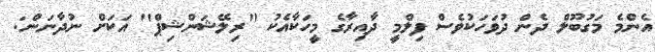
އެންމެ މަގުބޫލް ދެން ދުވަހަކުވެސް ފިލްމީ ދާއިރާގެ މީހަކާއެކު ''ރިލޭޝަންޝިޕް'' އަކަށް ނުދާނަން: